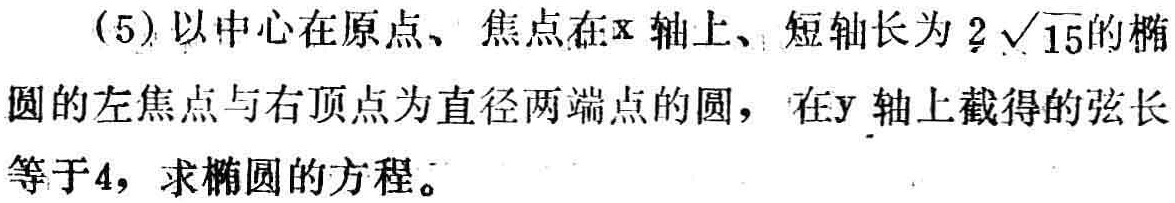
(5)以中心在原点、焦点在\(x\)轴上、短轴长为\(2\sqrt{15}\)的椭圆的左焦点与右顶点为直径两端点的圆，在\(y\)轴上截得的弦长等于\(4\)，求椭圆的方程。